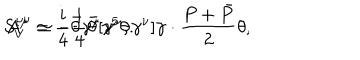
LaTeX: S _ { V } ^ { \mu \nu } \simeq - \frac { i } { 4 } \bar { \theta } [ \gamma ^ { \mu } , \gamma ^ { \nu } ] \gamma \cdot \frac { P + \bar { P } } { 2 } \theta , \hspace { 3 m m } A ^ { \mu } = \frac { i } { 4 } \bar { \theta } \gamma ^ { \mu } \gamma ^ { 5 } \theta .